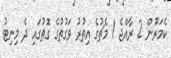
ކެމަރޫން 2 ރާއްޖެ 1 މެޗުގެ އިތުރު ވަގުތުގެ ގޮތުގައި ދެ މިނިޓު